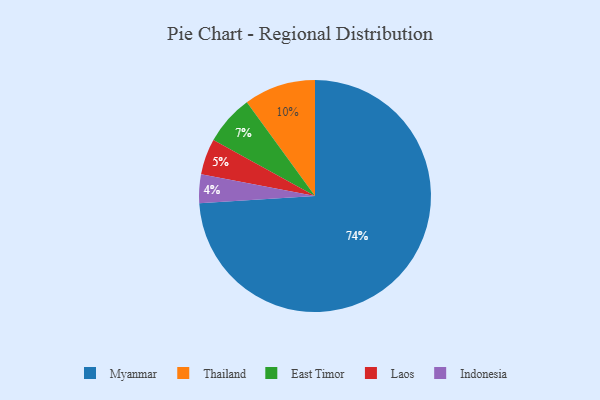
{"axis": {"x": "Category", "y": "Percentage"}, "legend": ["East Timor", "Indonesia", "Laos", "Myanmar", "Thailand"], "data": [{"x": "Indonesia", "y": 4, "type": "Indonesia"}, {"x": "Thailand", "y": 10, "type": "Thailand"}, {"x": "East Timor", "y": 7, "type": "East Timor"}, {"x": "Laos", "y": 5, "type": "Laos"}, {"x": "Myanmar", "y": 74, "type": "Myanmar"}]}